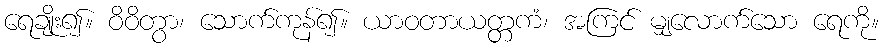
ရေချိုး၍။ ဝိဝိတွာ၊ သောက်ကုန်၍။ ယာဝတာယတ္တကံ၊ အကြင် မျှလောက်သော ရေကို။